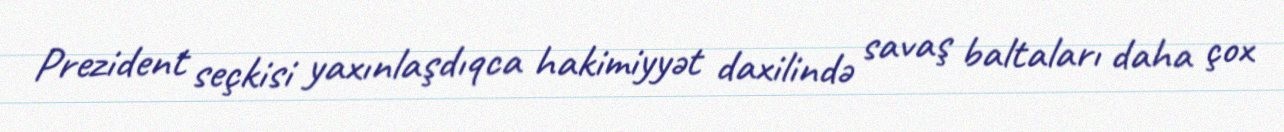
Prezident seçkisi yaxınlaşdıqca hakimiyyət daxilində savaş baltaları daha çox